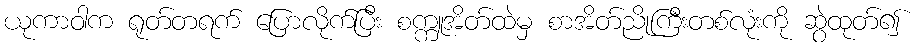
ယုကာဝါက ရုတ်တရက် ပြောလိုက်ပြီး စက္ကူအိတ်ထဲမှ စာအိတ်ညိုကြီးတစ်လုံးကို ဆွဲထုတ်၍